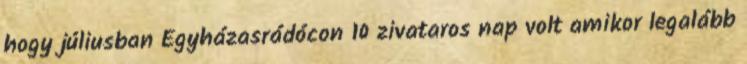
hogy júliusban Egyházasrádócon 10 zivataros nap volt amikor legalább